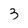
Character: 3